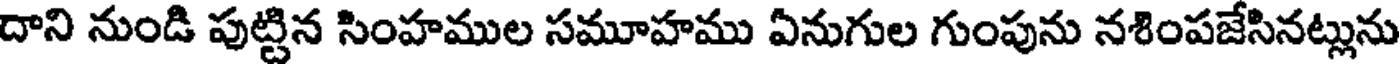
దాని నుండి పుట్టిన సింహముల సమూహము ఏనుగుల గుంపును నశింపజేసినట్లును